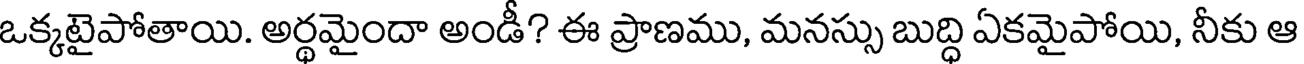
ఒక్కటైపోతాయి. అర్థమైందా అండీ? ఈ ప్రాణము, మనస్సు బుద్ధి ఏకమైపోయి, నీకు ఆ